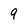
Character: 9